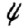
Digit: 4